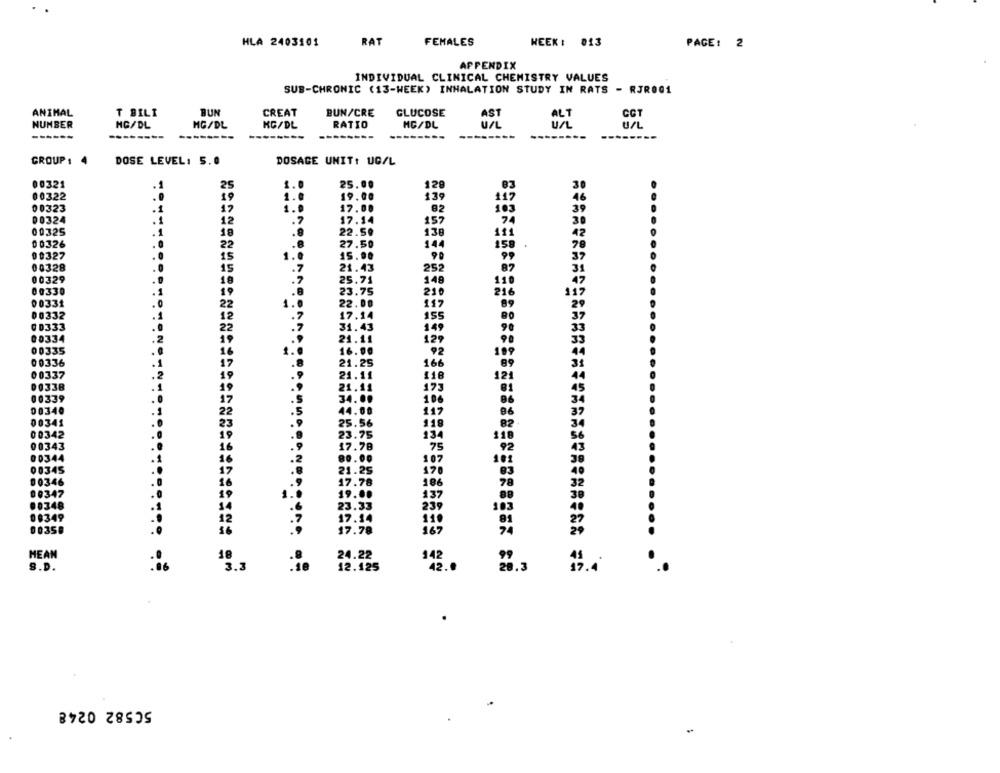
HLA 2403101
RAT
FEMALES
WEEK : 013
PAGE: 2
APPENDIX
INDIVIDUAL CLINICAL CHEMISTRY VALUES
SUB-CHRONIC (13-WEEK) INHALATION STUDY IN RATS - RJR001
ANIMAL
T BILI
BUN
CREAT
BUN/CRE
GLUCOSE
AST
COT
NUMBER
MG/DL
MG/DL
KG/DL
RATIO
MG/DL
ALT
------
------
----
GROUP : 4
DOSE LEVEL: 5.0
DOSAGE UNIT: UG/L
00321
25.00
129
00322
19.00
139
00323
1.0
17.00
82
00324
.7
17.14
157
00325
.8
22.50
136
00326
.8
27.50
144
158
00327
1.0
15.00
90
00328
7
21.43
252
00329
25.71
148
00330
23.75
210
00331
22.00
117
00332
17.14
155
00333
31.43
149
00334
21.11
129
00335
16.00
92
199
00336
21.25
166
00337
21.11
118
121
175
106
117
25.56
119
82
23.75
00342
134
11
00343
17.78
75
92
00344
80.00
107
00345
21.25
170
00346
17.78
186
78
00347
19.00
137
00348
23.33
239
103
09349
17.14
110
00350
37.78
167
==================== XXCREAR702
MEAN
24.22
18
3.3
142
S.D.
:16
12.125
42.
50582 0248